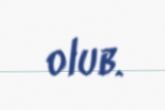
olub.